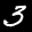
Label: 3